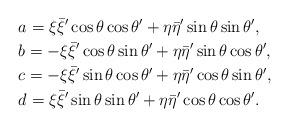
LaTeX: \begin{align*}&a=\xi\bar{\xi}'\cos\theta\cos\theta'+\eta\bar{\eta}'\sin\theta\sin\theta',\\&b=-\xi\bar{\xi}'\cos\theta\sin\theta'+\eta\bar{\eta}'\sin\theta\cos\theta',\\&c=-\xi\bar{\xi}'\sin\theta\cos\theta'+\eta\bar{\eta}'\cos\theta\sin\theta',\\&d=\xi\bar{\xi}'\sin\theta\sin\theta'+\eta\bar{\eta}'\cos\theta\cos\theta'.\end{align*}